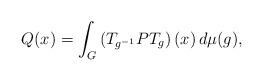
LaTeX: \begin{align*}Q(x)=\int_G\left(T_{g^{-1}}PT_g\right)(x)\, d\mu(g),\end{align*}